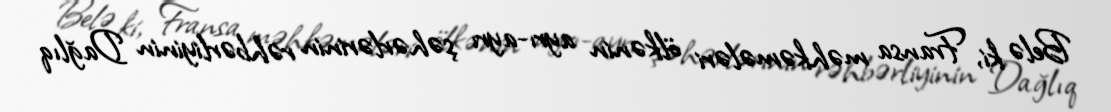
Belə ki, Fransa məhkəmələri ölkənin ayrı-ayrı şəhərlərinin rəhbərliyinin Dağlıq